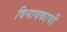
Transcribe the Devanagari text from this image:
विनायकाची